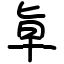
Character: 㔬